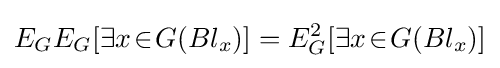
E_{G}E_{G}[\exists x\!\in \!G(Bl_{x})]=E_{G}^{2}[\exists x\!\in \!G(Bl_{x})]